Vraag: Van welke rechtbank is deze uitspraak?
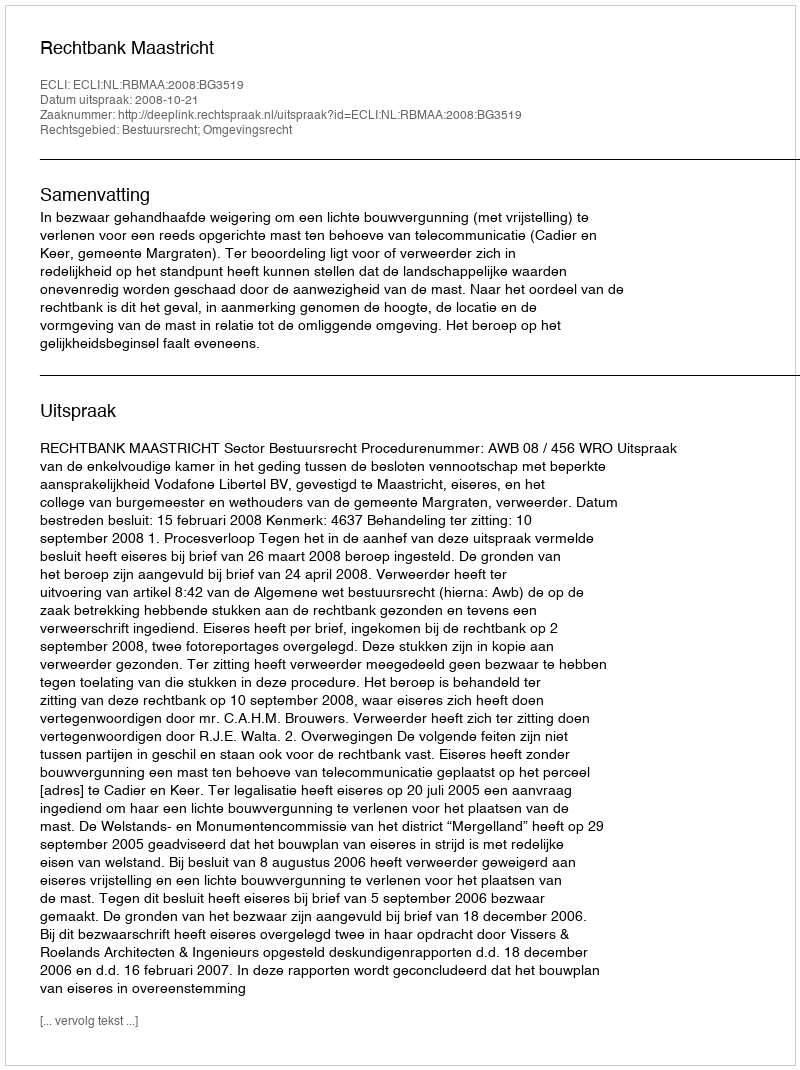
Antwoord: Rechtbank Maastricht